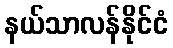
နယ်သာလန်နိုင်ငံ